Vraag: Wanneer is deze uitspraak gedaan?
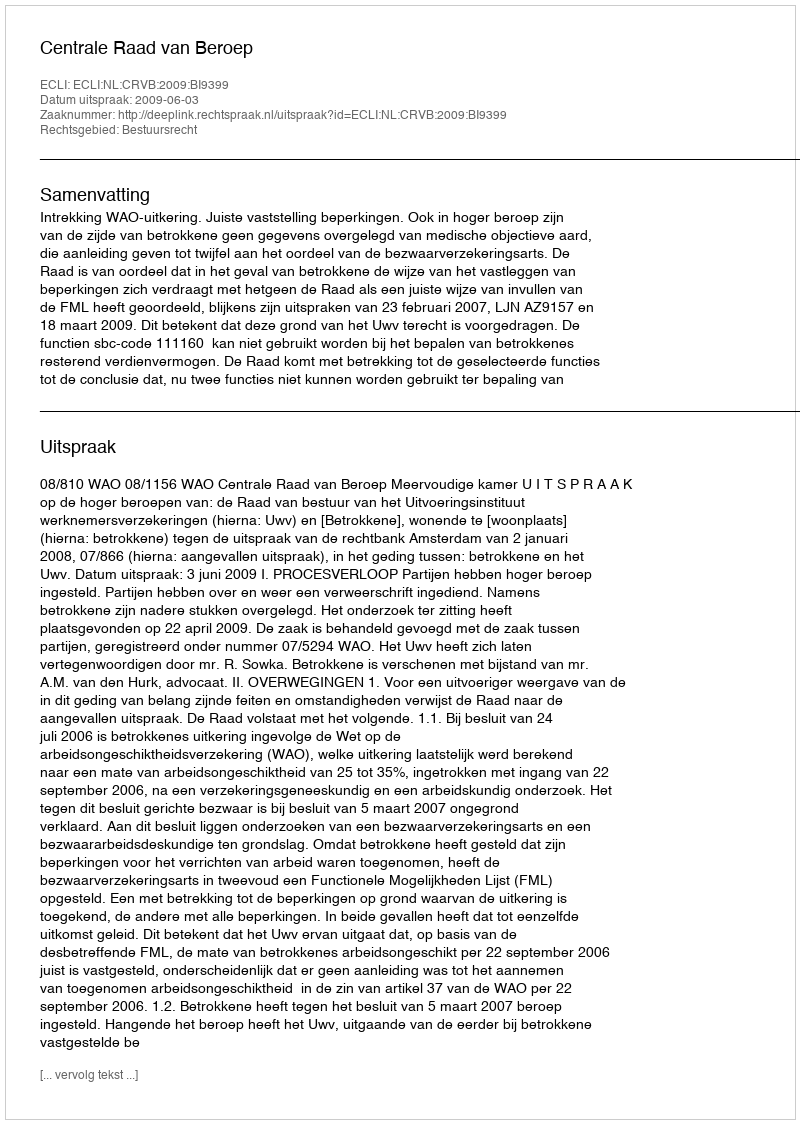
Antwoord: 2009-06-03